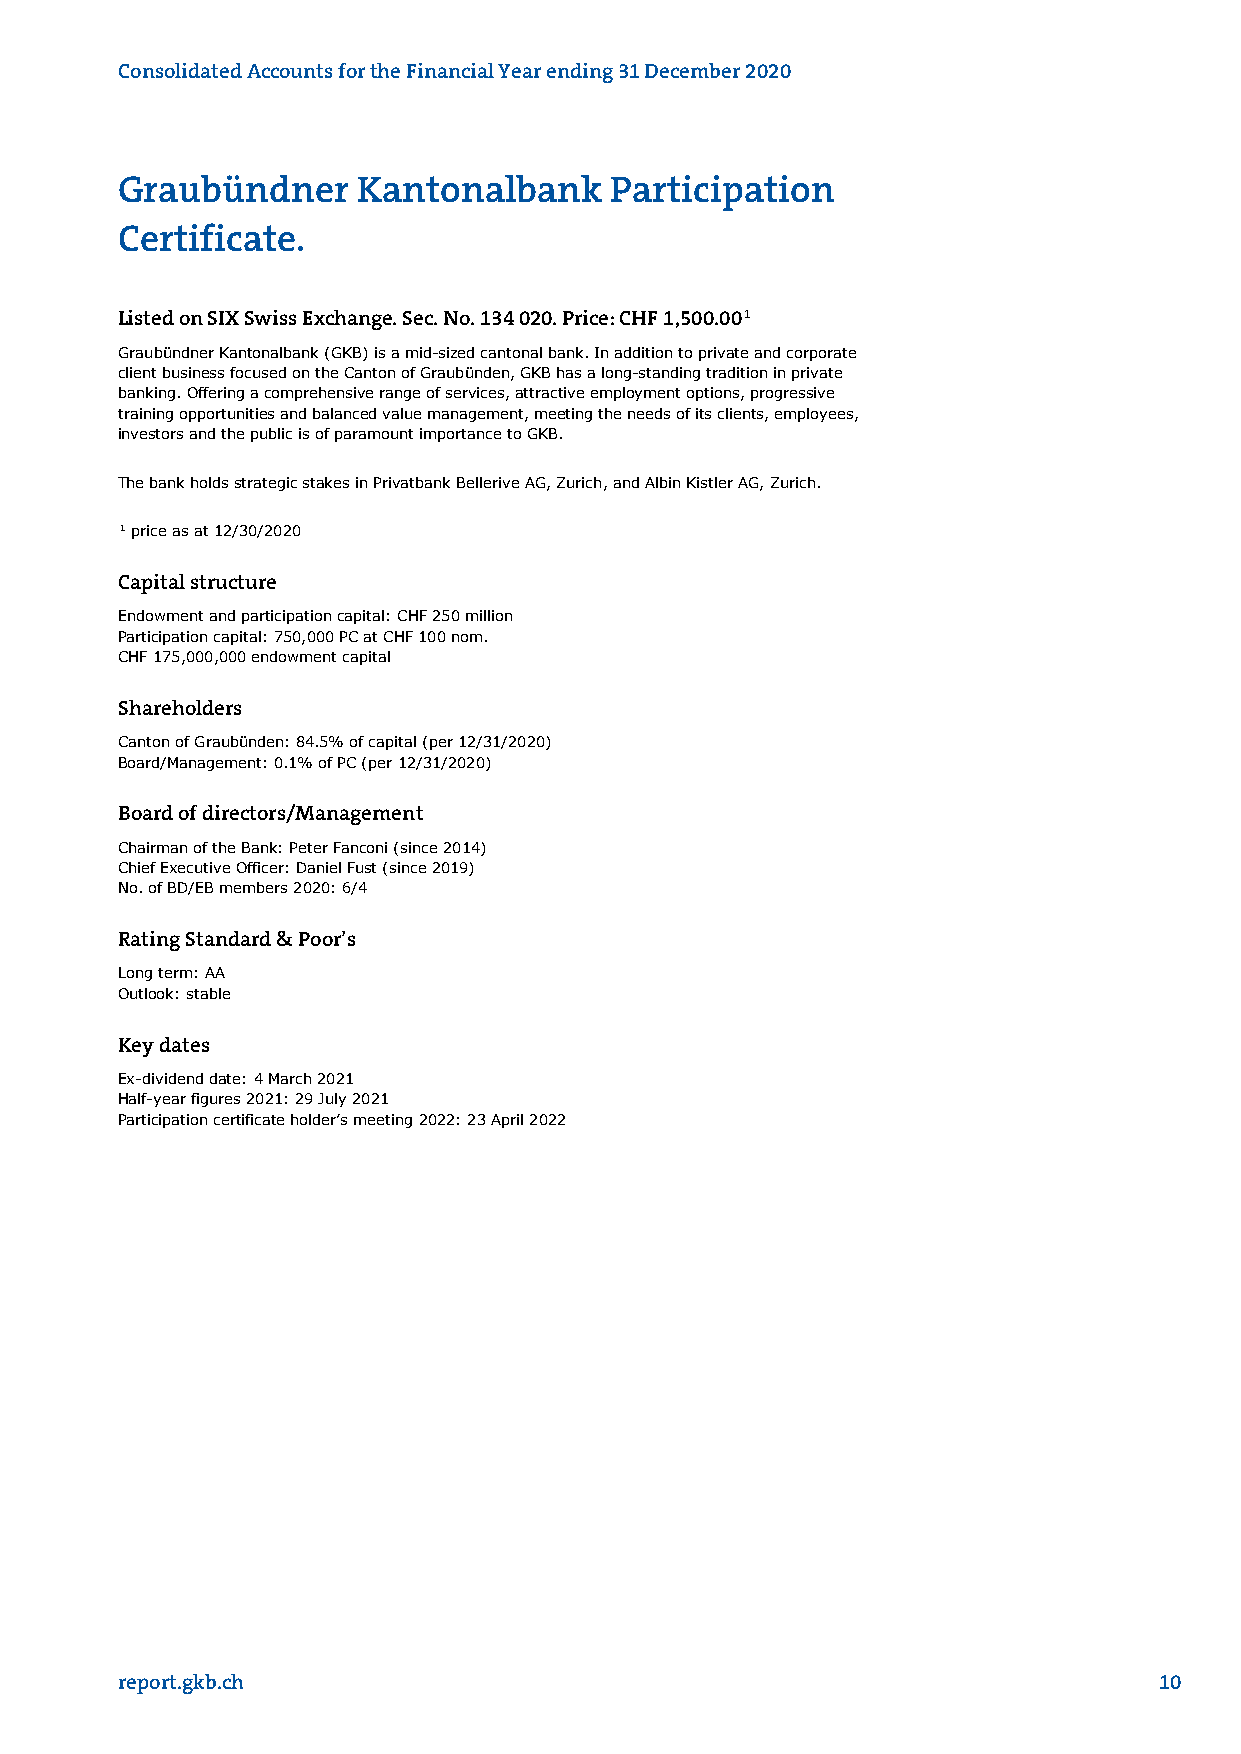
Consolidated Accounts for the Financial Year ending 31 December 2020
 Graubündner     Kantonalbank    Participation
 Certificate.
 Listed on SIX Swiss Exchange. Sec. No. 134 020. Price: CHF 1,500.001
 Graubündner Kantonalbank (GKB) is a mid-sized cantonal bank. In addition to private and corporate
 client business focused on the Canton of Graubünden, GKB has a long-standing tradition in private
 banking. Offering a comprehensive range of services, attractive employment options, progressive
 training opportunities and balanced value management, meeting the needs of its clients, employees,
 investors and the public is of paramount importance to GKB.
 The bank holds strategic stakes in Privatbank Bellerive AG, Zurich, and Albin Kistler AG, Zurich.
 1 price as at 12/30/2020
 Capital structure
 Endowment and participation capital: CHF 250 million
 Participation capital: 750,000 PC at CHF 100 nom.
 CHF 175,000,000 endowment capital
 Shareholders
 Canton of Graubünden: 84.5% of capital (per 12/31/2020)
 Board/Management: 0.1% of PC (per 12/31/2020)
 Board of directors/Management
 Chairman of the Bank: Peter Fanconi (since 2014)
 Chief Executive Officer: Daniel Fust (since 2019)
 No. of BD/EB members 2020: 6/4
 Rating Standard & Poor’s
 Long term: AA
 Outlook: stable
 Key dates
 Ex-dividend date: 4 March 2021
 Half-year figures 2021: 29 July 2021
 Participation certificate holder’s meeting 2022: 23 April 2022
 report.gkb.ch                                                        10